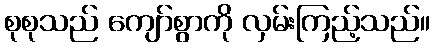
စုစုသည် ကျော်စွာကို လှမ်းကြည့်သည်။